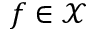
f \in \mathcal X